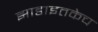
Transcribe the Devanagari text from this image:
झाडाइतकेच